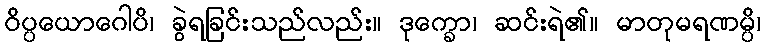
ဝိပ္ပယောဂေါပိ၊ ခွဲရခြင်းသည်လည်း။ ဒုက္ခော၊ ဆင်းရဲ၏။ မာတုမရဏမ္ပိ၊